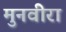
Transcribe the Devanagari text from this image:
मुनवीरा